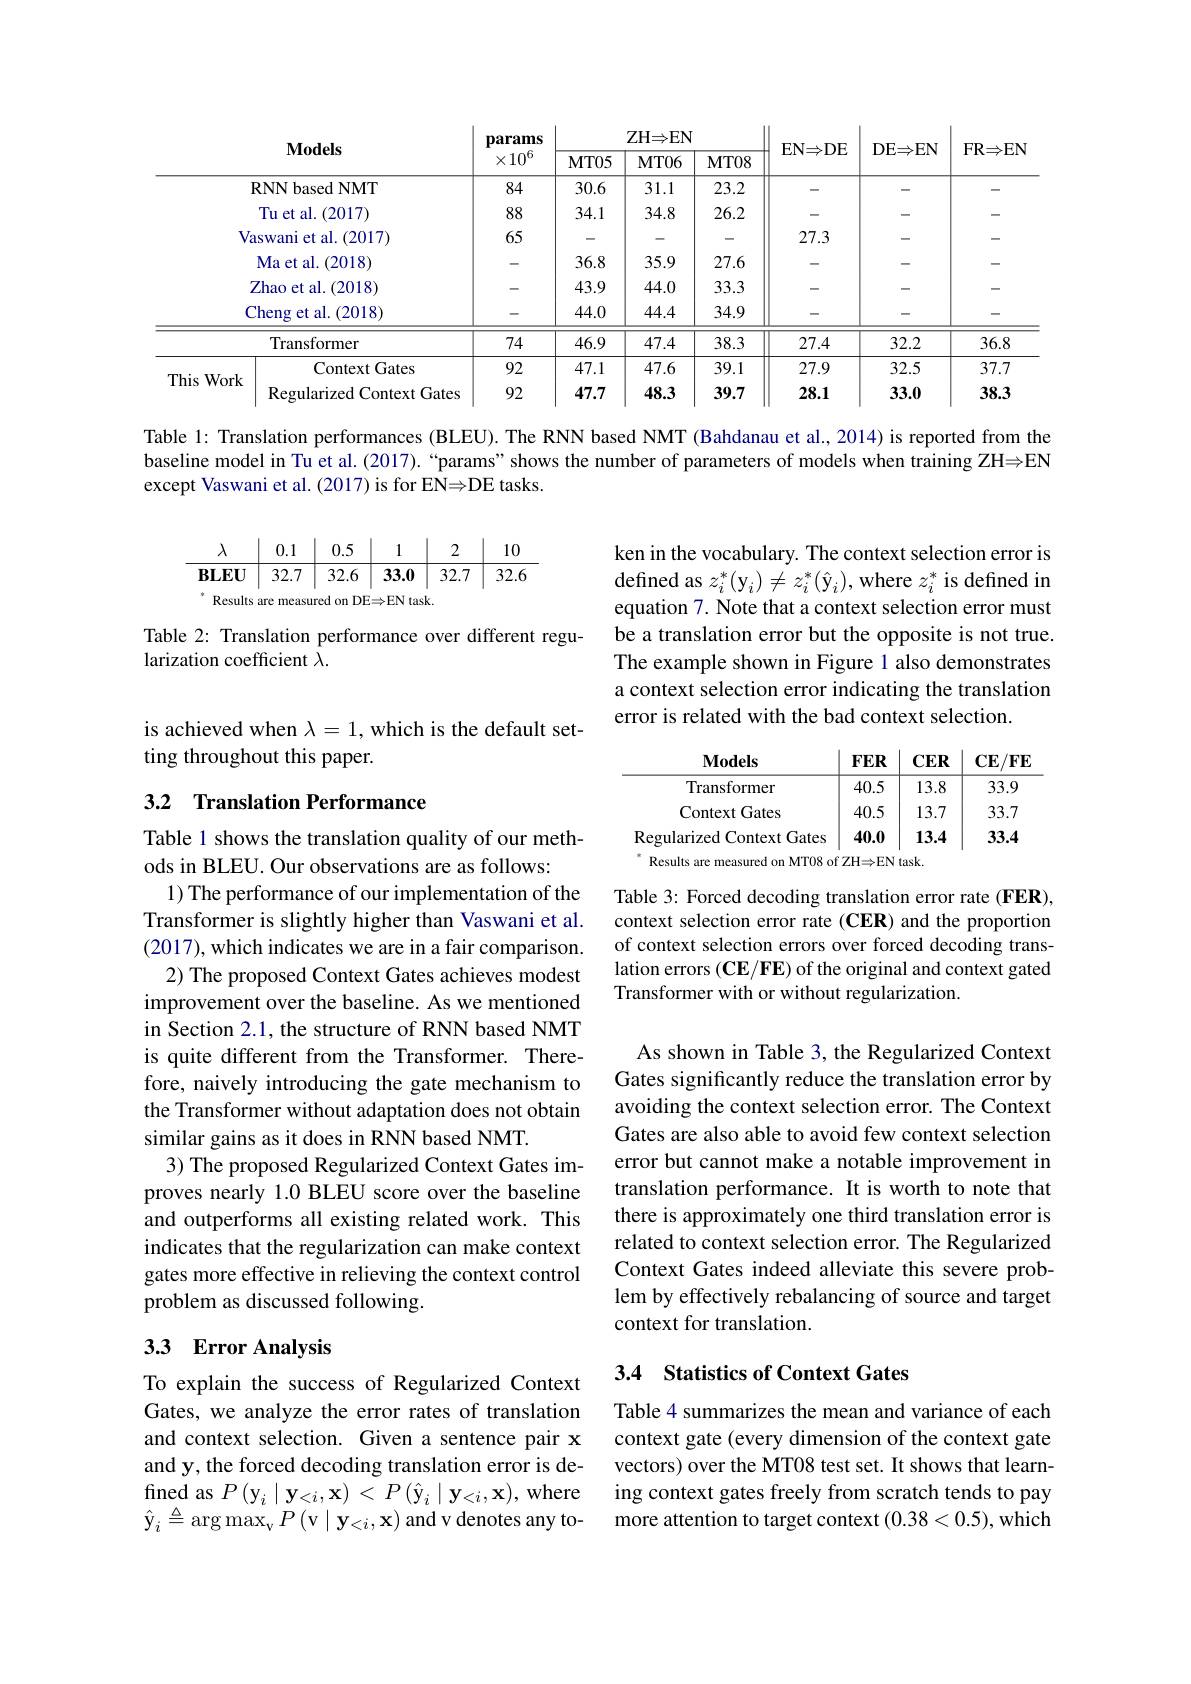
<table>
	<tbody>
		<tr>
			<th colspan="4">$\mathbf{Models}$</th>
			<th rowspan="2">params $\times10^{\circ}$</th>
			<th colspan="3">ZH$\Rightarrow$EN</th>
			<th rowspan="2">$\mathbf{EN\Rightarrow DE}$</th>
			<th rowspan="2">DE$\Rightarrow$EN</th>
			<th rowspan="2">$\mathbf{FR\Rightarrow EN}$</th>
		</tr>
		<tr>
			<th>$MT05$</th>
			<th>$MT06$</th>
			<th>$MT08$</th>
		</tr>
		<tr>
			<td> </td>
			<td>RNNbased NMT</td>
			<td>84</td>
			<td>30.6</td>
			<td>31.1</td>
			<td>23.2</td>
			<td> </td>
			<td>-</td>
			<td>-</td>
		</tr>
		<tr>
			<td> </td>
			<td>Tu et al. 1.(2017)</td>
			<td>88</td>
			<td>34.1</td>
			<td>34.8</td>
			<td>26.2</td>
			<td> </td>
			<td> </td>
			<td> </td>
		</tr>
		<tr>
			<td>$V_{\mathrm{c}}$</td>
			<td>swani et al. (2017)</td>
			<td>65</td>
			<td>-</td>
			<td> </td>
			<td> </td>
			<td>27.3</td>
			<td> </td>
			<td> </td>
		</tr>
		<tr>
			<td> </td>
			<td>Ma et al. ( 2018) </td>
			<td> </td>
			<td>36.8</td>
			<td>35.9</td>
			<td>27.6</td>
			<td> </td>
			<td> </td>
			<td> </td>
		</tr>
		<tr>
			<td> </td>
			<td>$\mathsf{Zhao~et~al.~(2018)}$</td>
			<td> </td>
			<td>43.9</td>
			<td>44.0</td>
			<td>33.3</td>
			<td> </td>
			<td>-</td>
			<td>-</td>
		</tr>
		<tr>
			<td> </td>
			<td>heng et al. (2018)</td>
			<td>-</td>
			<td>44.0</td>
			<td>44.4</td>
			<td>34.9</td>
			<td> </td>
			<td> </td>
			<td>-</td>
		</tr>
		<tr>
			<td> </td>
			<td>Transformer</td>
			<td>74</td>
			<td>46.9</td>
			<td>47.4</td>
			<td>38.3</td>
			<td>27.4</td>
			<td>32.2</td>
			<td>36.8</td>
		</tr>
		<tr>
			<td rowspan="2">This Work</td>
			<td>Context Gates</td>
			<td>92</td>
			<td>47.1</td>
			<td>47.6</td>
			<td>39.1</td>
			<td>27.9</td>
			<td>32.5</td>
			<td>37.7</td>
		</tr>
		<tr>
			<td>Regularized Context t Gates</td>
			<td>92</td>
			<td>47.7</td>
			<td>48.3</td>
			<td>39.7</td>
			<td>28.1</td>
			<td>33.0</td>
			<td>38.3</td>
		</tr>
	</tbody>
</table>

Table 1: Translation performances (BLEU). The RNN based NMT (Bahdanau et al., 2014) is reported from the baseline model in Tu et al.(2017). “params”shows the number of parameters of models when training ZH$\Rightarrow$EN except Vaswani et al. (2017) is for EN$\Rightarrow$DE tasks.
$$\begin{array}{c|c|c|c|c|c}\lambda&0.1&0.5&1&2&10\\\hline\mathbf{BLEU}&32.7&32.6&\mathbf{33.0}&32.7&32.6\\^{*}\mathbf{BLEU}&32.7&32.6&\mathbf{33.0}&32.7&32.6\end{array}$$
ken in the vocabulary. The context selection error is defined as $z_i^*(\mathrm{y}_i)\neq z_i^*(\hat{\mathrm{y}}_i)$, where $z_i^*$ is defined in equation 7. Note that a context selection error must be a translation error but the opposite is not true. The example shown in Figure 1 also demonstrates a context selection error indicating the translation error is related with the bad context selection.

Table 2: Translation performance over different regu-
larization coefficient $\bar{\lambda}.$

is achieved when $\lambda=1$, which is the default set-
ting throughout this paper.

## 3.2 Translation Performance

<table>
	<tbody>
		<tr>
			<th>$\mathbf{Models}$</th>
			<th>$FER$</th>
			<th>$CER$</th>
			<th>$\mathbf{CE}/\mathbf{FE}$</th>
		</tr>
		<tr>
			<td>Transformer</td>
			<td>40.5</td>
			<td>13.8</td>
			<td>33.9</td>
		</tr>
		<tr>
			<td>Context Gates</td>
			<td>40.5</td>
			<td>13.7</td>
			<td>33.7</td>
		</tr>
		<tr>
			<td>Regularized Context Gates</td>
			<td>40.0</td>
			<td>13.4</td>
			<td>33.4</td>
		</tr>
	</tbody>
</table>

Table 3: Forced decoding translation error rate (FER), context selection error rate (CER) and the proportion of context selection errors over forced decoding translation errors (CE/FE) of the original and context gated Transformer with or without regularization.

Table 1 shows the translation quality of our meth-
ods in BLEU. Our observations are as follows:
1) The performance of our implementation of the Transformer is slightly higher than Vaswani et al. (2017),which indicates we are in a fair comparison.
2) The proposed Context Gates achieves modest improvement over the baseline. As we mentioned in Section 2.1, the structure of RNN based NMT is quite different from the Transformer. Therefore, naively introducing the gate mechanism to the Transformer without adaptation does not obtain similar gains as it does in RNN based NMT.
3) The proposed Regularized Context Gates improves nearly 1.0 BLEU score over the baseline and outperforms all existing related work. This indicates that the regularization can make context gates more effective in relieving the context control problem as discussed following.

As shown in Table 3, the Regularized Context Gates significantly reduce the translation error by avoiding the context selection error. The Context Gates are also able to avoid few context selection error but cannot make a notable improvement in translation performance. It is worth to note that there is approximately one third translation error is related to context selection error. The Regularized Context Gates indeed alleviate this severe problem by effectively rebalancing of source and target context for translation.

## 3.3 Error Analysis

## 3.4 Statistics of Context Gates

To explain the success of Regularized Context Gates, we analyze the error rates of translation and context selection. Given a sentence pair x and y, the forced decoding translation error is defined as $P\left(\mathbf{y}_{i}\mid\mathbf{y}_{<i},\mathbf{x}\right)<P\left(\hat{\mathbf{y}}_{i}\mid\mathbf{y}_{<i},\mathbf{x}\right)$,where $\hat{\mathbf{y}}_{i}\triangleq\arg\max_{\mathrm{v}}P\left(\mathrm{v}\mid\mathbf{y}_{<i},\mathbf{x}\right)$and v denotes any to-

Table 4 summarizes the mean and variance of each context gate (every dimension of the context gate vectors) over the MT08 test set. It shows that learning context gates freely from scratch tends to pay more attention to target context (0.38<0.5), which